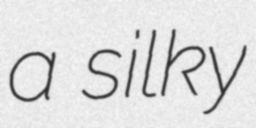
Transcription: a silky